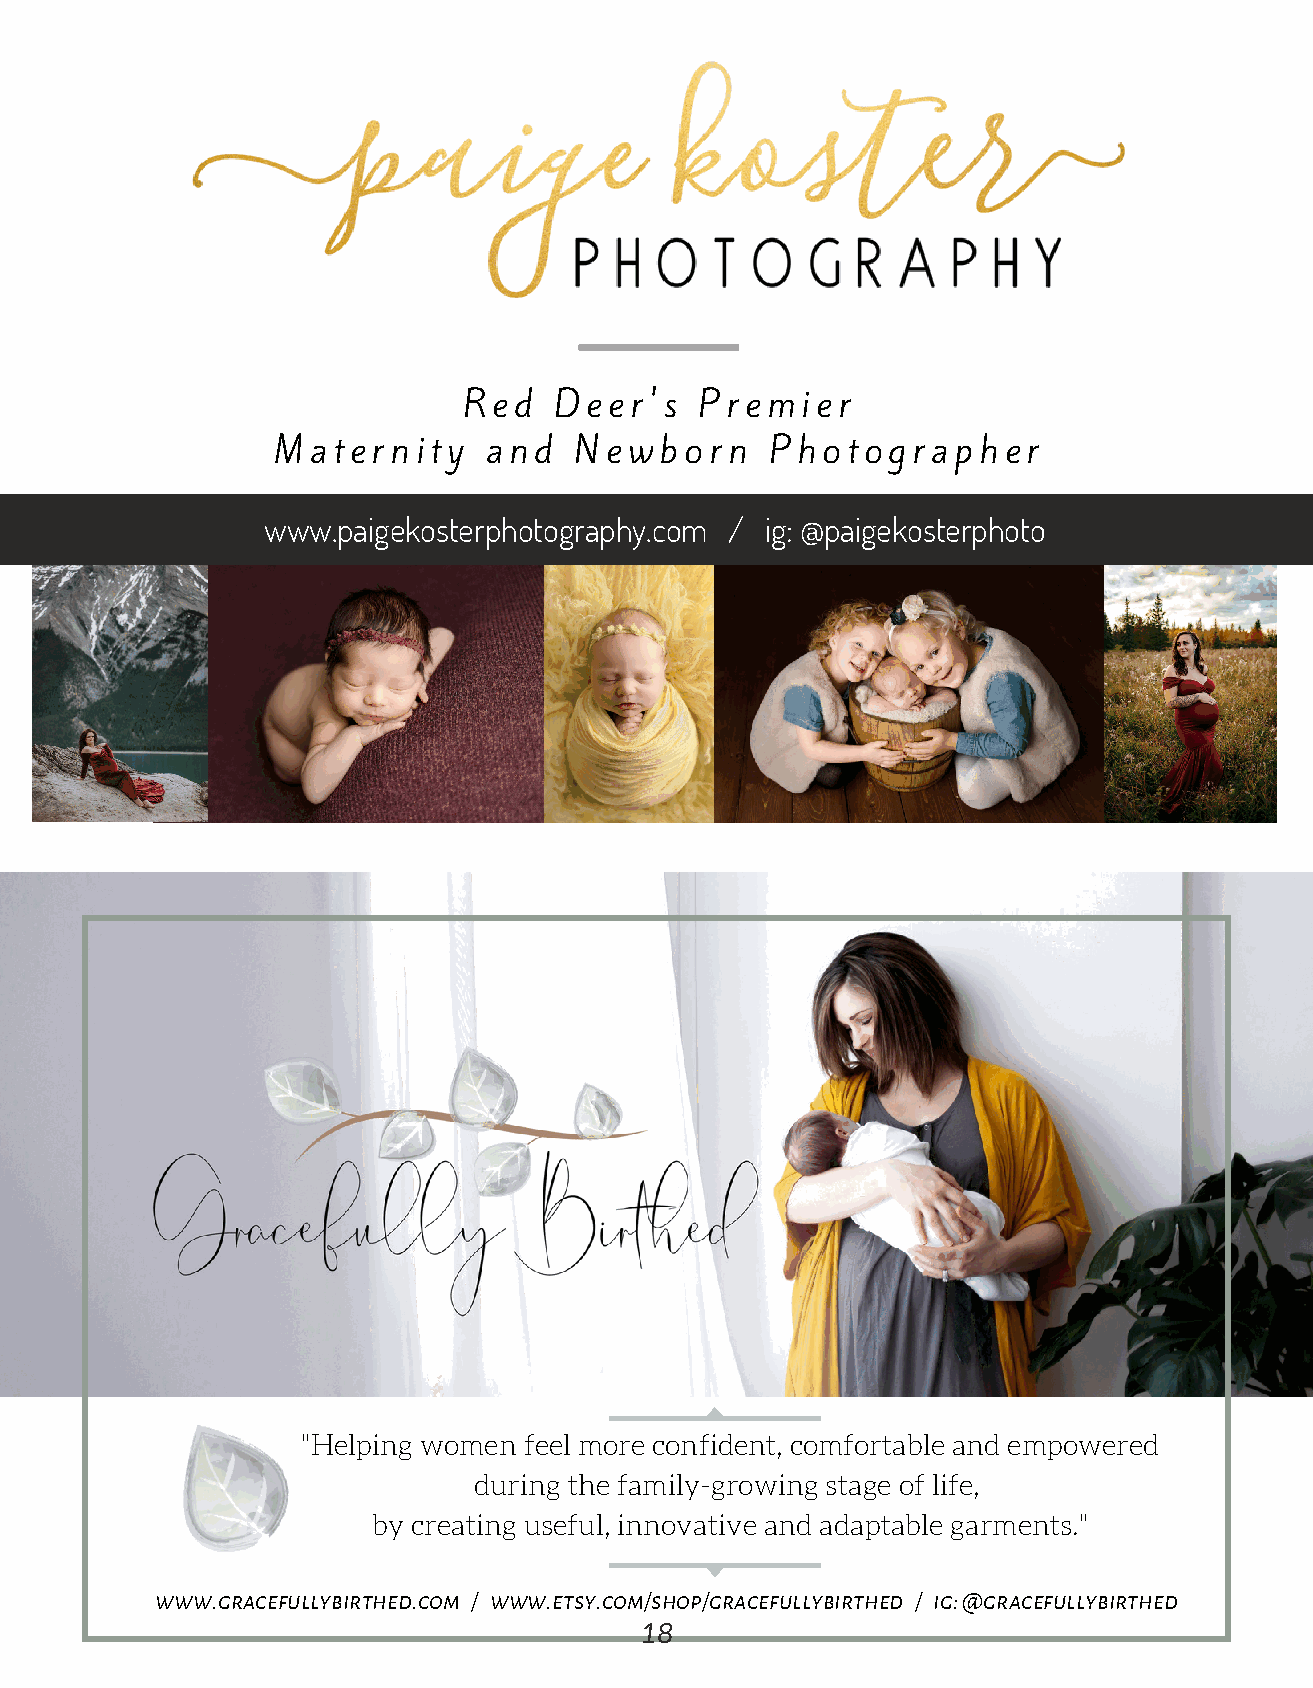
Red   Deer's   Premier
 Maternity     and   Newborn      Photographer
 www.paigekosterphotography.com /  ig: @paigekosterphoto
 "Helping women feel more confident, comfortable and empowered
 during the family-growing stage of life,
 by creating useful, innovative and adaptable garments."
 www.gracefullybirthed.com / www.etsy.com/shop/gracefullybirthed / ig: @gracefullybirthed
 18